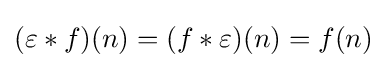
(\varepsilon \ast f)(n)=(f\ast \varepsilon )(n)=f(n)